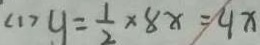
< 1 > y = \frac { 1 } { 2 } \times 8 x = 4 x